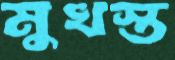
মুখস্ত